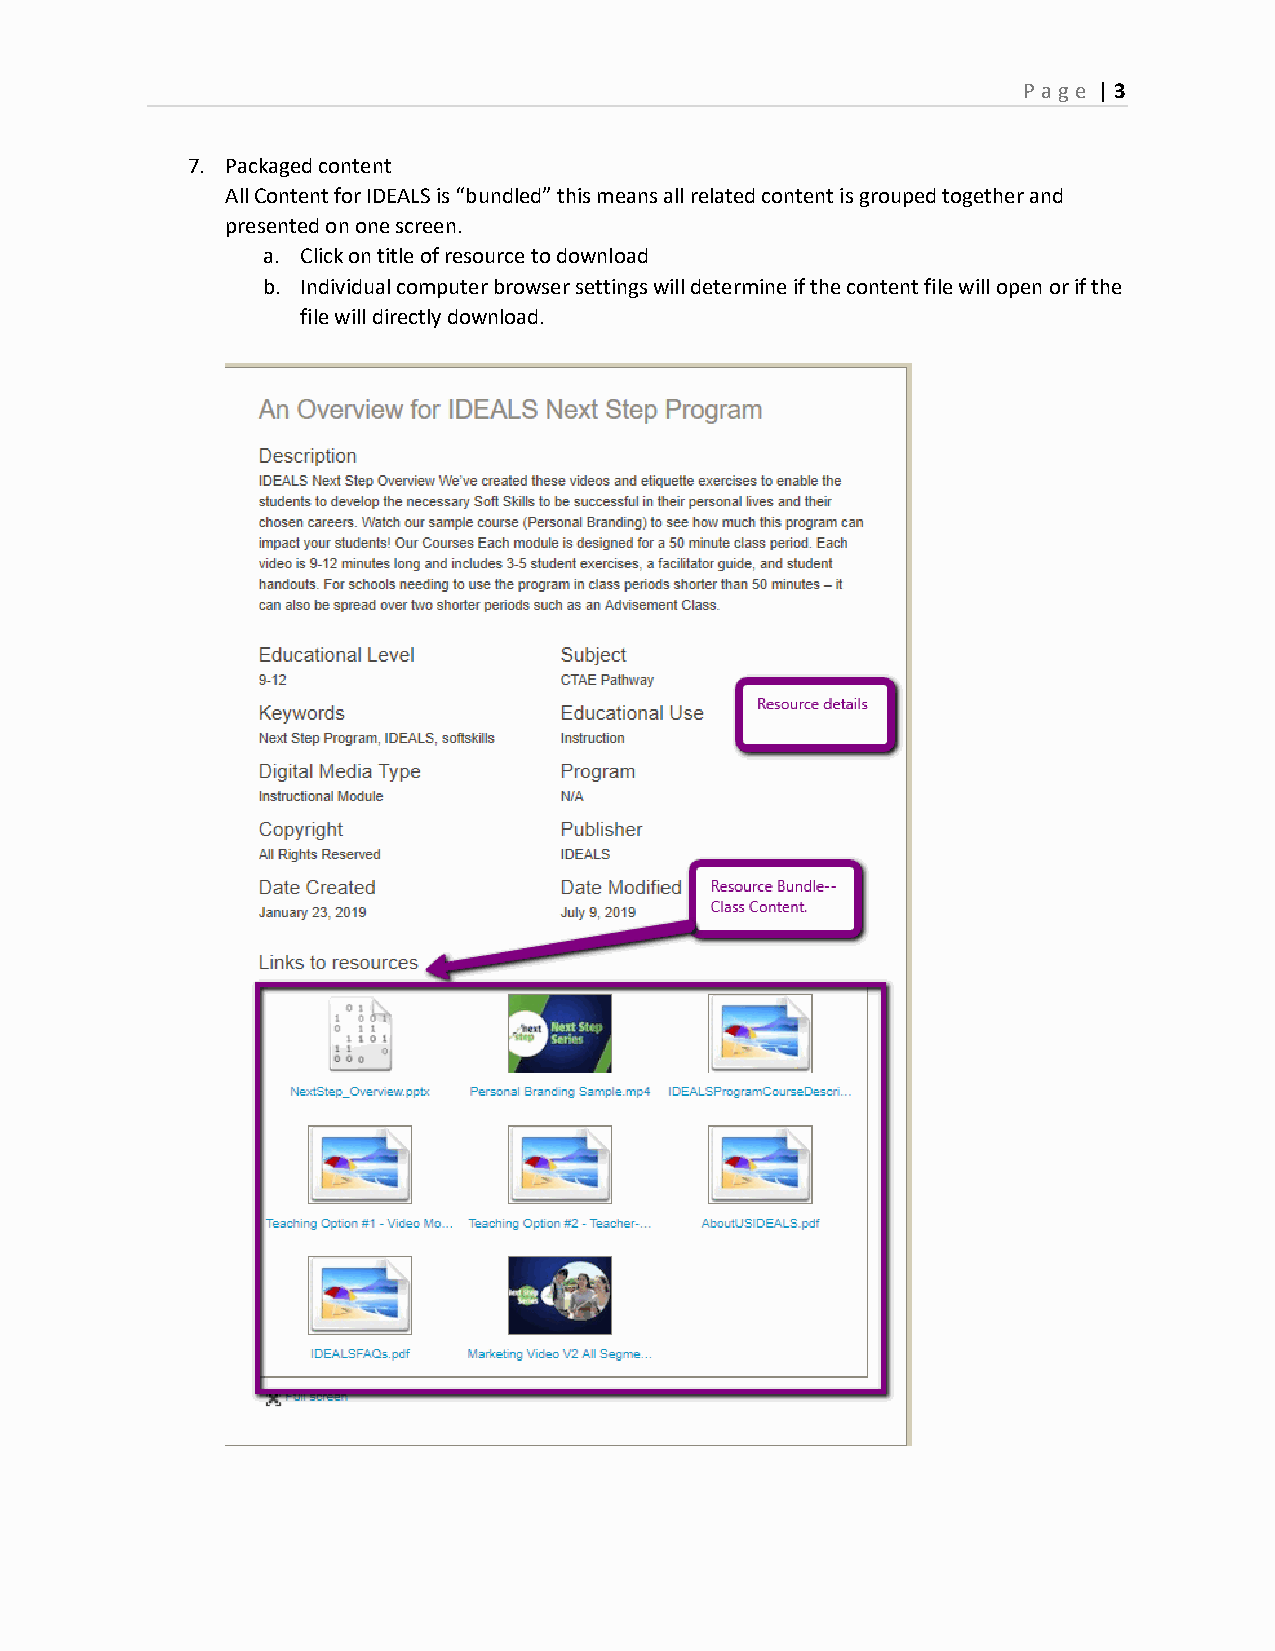
Page | 3
 7. Packaged content
 All Content for IDEALS is “bundled” this means all related content is grouped together and
 presented on one screen.
 a. Click on title of resource to download
 b. Individual computer browser settings will determine if the content file will open or if the
 file will directly download.